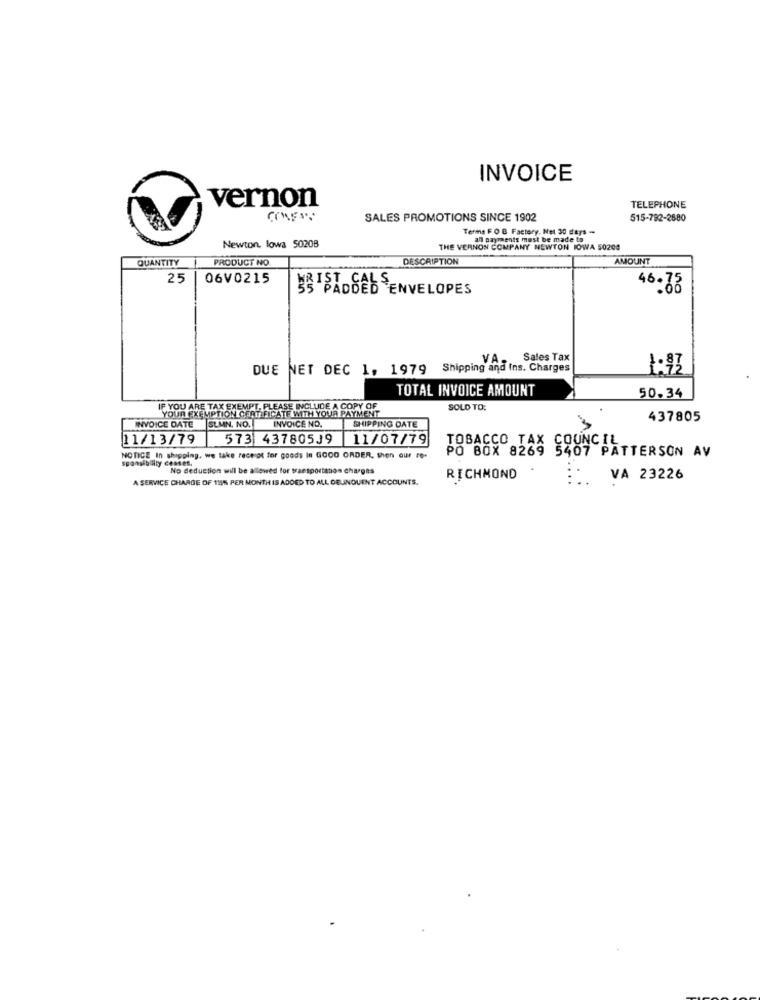
INVOICE
vernon
TELEPHONE
SALES PROMOTIONS SINCE 1902
515-792-2680
Terms F O B Factory. Net. 30 days -
an payments must be made to
Newton, lowa 50208
THE VERNON COMPANY NEWTON IOWA 50200
QUANTITY
PRODUCT NO
DESCRIPTION
AMOUNT
25
06V0215
5'S PADDED ENVELOPES
46 . 75
VA ..
Sales Tax
DUE NET DEC 1. 1979 Shipping and Ins. Charges
1:93
TOTAL INVOICE AMOUNT
50.34
IF YOU ARE TAX EXEMPT, PLEASE INCLUDE A COPY OF
YOUR EXEMPTION CERTIFICATE WITH YOUR PAYMENT
SOLD TO:
INVOICE NO.
437805
INVOICE DATE SLMN. NO.
SHIPPING DATE
11/13/79
573 43780539
11/07/79
TOBACCO TAX COUNCIL
PO BOX 8269 5407 PATTERSON AV
NOTICE In shipping, we take receipt for goods In GOOD ORDER, then our re-
sponsibilly costes,
No deduction will be alowed for y
portation charges
A SERVICE CHARGE OF 119% PER MONTH IS ADDED TO ALL DELINQUENT ACCOUNTS.
RICHMOND
VA 23226